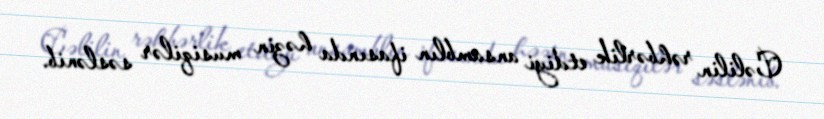
Cəlilin rəhbərlik etdiyi ansamblın ifasında həzin musiqilər səslənib.